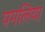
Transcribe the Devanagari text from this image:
पगलिया